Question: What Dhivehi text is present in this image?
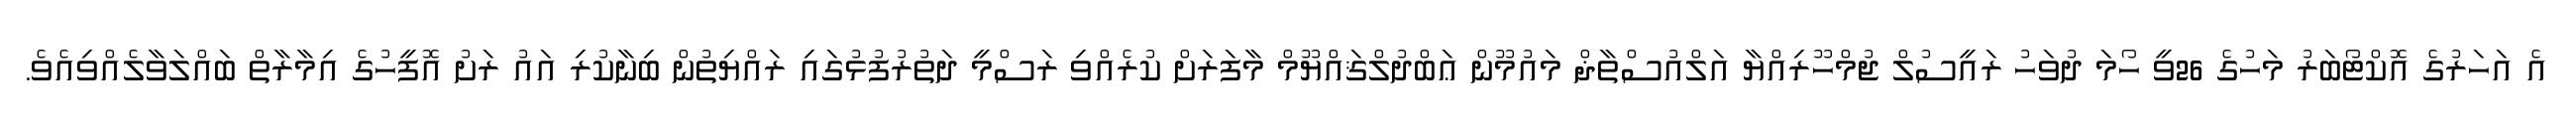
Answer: އެ އަހަރުގެ އޮކްޓޯބަރު މަހުގެ 26ވީ ހޯމަ ދުވަހު ރައީސުލް ޖުމްހޫރިއްޔާ އަލްއުސްތާޛް މައުމޫން ޢަބްދުލްޤައްޔޫމް މާފަރަށް ކުރެއްވި ރަސްމީ ދަތުރުފުޅުގައި ރައްޔިތުން ބިނާކުރި އައު ރަށު އޮފީހުގެ އިމާރާތް ބައްލަވާލެއްވިއެވެ.